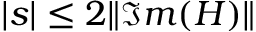
| s | \leq 2 \| \Im m ( H ) \|